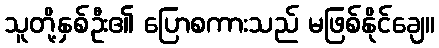
သူတို့နှစ်ဦး၏ ပြောစကားသည် မဖြစ်နိုင်ချေ။